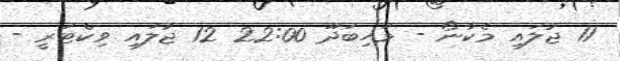
11 ޖުލައި މެކާނޯ - މަހިބަދޫ 22:00 12 ޖުލައި ވިކްޓަރީ -